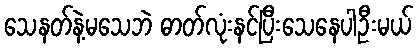
သေနတ်နဲ့မသေဘဲ ဓာတ်လုံးနင်ပြီးသေနေပါဦးမယ်